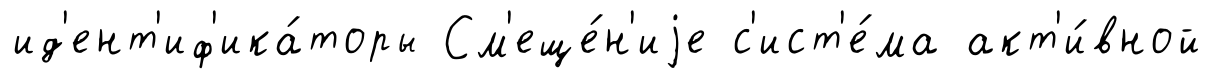
ид'ент'иф'ика́торы См'еще́н'иjе с'ист'е́ма акт'и́вной